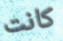
كانت